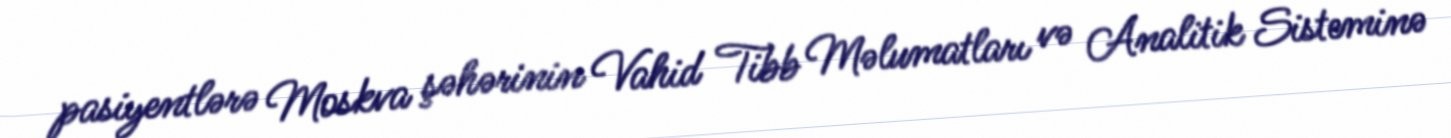
pasiyentlərə Moskva şəhərinin Vahid Tibb Məlumatları və Analitik Sisteminə